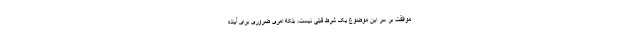
موافقت بر سر این موضوع یک شرط قبلی نیست، بلکه امری ضروری برای آینده